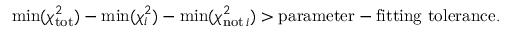
\mathrm { m i n } ( \chi _ { \mathrm { t o t } } ^ { 2 } ) - \mathrm { m i n } ( \chi _ { i } ^ { 2 } ) - \mathrm { m i n } ( \chi _ { \mathrm { n o t \, } i } ^ { 2 } ) > \mathrm { p a r a m e t e r - f i t t i n g ~ t o l e r a n c e } .